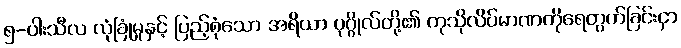
၅-ပါးသီလ လုံခြုံမှုနှင့် ပြည့်စုံသော အရိယာ ပုဂ္ဂိုလ်တို့၏ ကုသိုလိပ်မာဏကိုရေတွက်ခြင်းငှာ